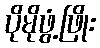
ပိုမိုဖွံ့ဖြိုး